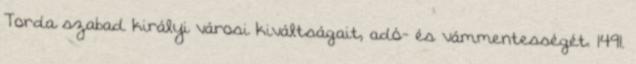
Torda szabad királyi városi kiváltságait, adó- és vámmentességét. 1491.